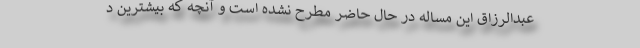
عبدالرزاق این مساله در حال حاضر مطرح نشده است و آنچه که بیشترین د